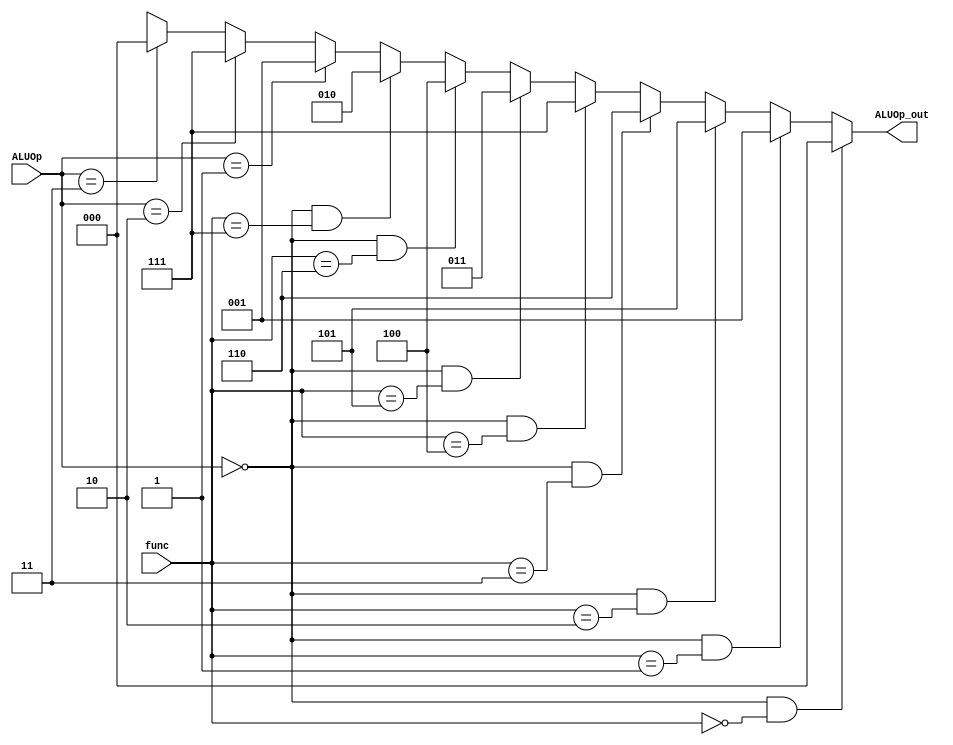
`timescale 1ns / 1ps
//////////////////////////////////////////////////////////////////////////////////
// Company: 
// Engineer: 
// 
// Design Name: 
// Module Name:    ALU_Control 
// Project Name: 
// Target Devices: 
// Tool versions: 
// Description: 
//
// Dependencies: 
//
// Revision: 
// Revision 0.01 - File Created
// Additional Comments: 
//
//////////////////////////////////////////////////////////////////////////////////
module ALU_Control(func, ALUOp, ALUOp_out);

	input [3:0] func;
	input [1:0] ALUOp;
	
	output [2:0] ALUOp_out;
	
	assign ALUOp_out = (ALUOp == 2'b00 & func == 4'b0000) ? 3'b000
						  : (ALUOp == 2'b00 & func == 4'b0001) ? 3'b001
						  : (ALUOp == 2'b00 & func == 4'b0010) ? 3'b101
						  : (ALUOp == 2'b00 & func == 4'b0011) ? 3'b110
						  : (ALUOp == 2'b00 & func == 4'b0100) ? 3'b111
						  : (ALUOp == 2'b00 & func == 4'b0101) ? 3'b011
						  : (ALUOp == 2'b00 & func == 4'b0110) ? 3'b100
						  : (ALUOp == 2'b00 & func == 4'b0111) ? 3'b010
				        : (ALUOp == 2'b01) ? 3'b001
						  : (ALUOp == 2'b10) ? 3'b111
						  : (ALUOp == 2'b11) ? 3'b000
												   : 3'bxxx;
endmodule